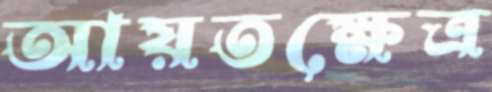
আয়তক্ষেত্র